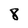
Character: 8